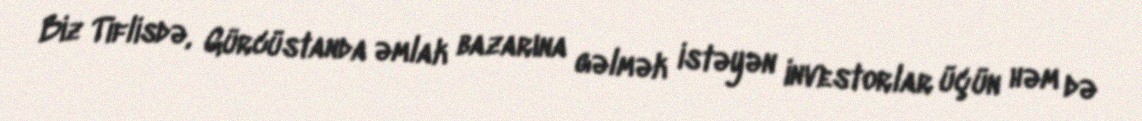
Biz Tiflisdə, Gürcüstanda əmlak bazarına gəlmək istəyən investorlar üçün həm də